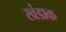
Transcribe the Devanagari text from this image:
खंडाक